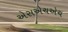
એસએચએચ